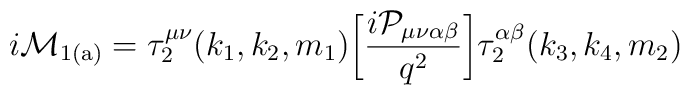
{i \cal M}_{\rm 1(a)} = \tau_2^{\mu\nu}(k_1,k_2,m_1)\bigg[ \frac{i{\cal P}_{\mu\nu\alpha\beta}}{q^2}\bigg] \tau_2^{\alpha\beta}(k_3,k_4,m_2)